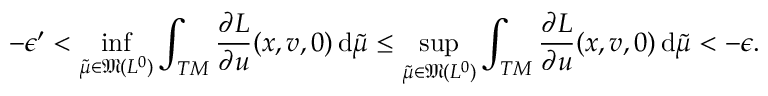
- \epsilon ^ { \prime } < \operatorname* { i n f } _ { \tilde { \mu } \in \mathfrak { M } ( { L ^ { 0 } } ) } \int _ { T M } \frac { \partial L } { \partial u } ( x , v , 0 ) \, \mathrm { d } \tilde { \mu } \leq \operatorname* { s u p } _ { \tilde { \mu } \in \mathfrak { M } ( { L ^ { 0 } } ) } \int _ { T M } \frac { \partial L } { \partial u } ( x , v , 0 ) \, \mathrm { d } \tilde { \mu } < - \epsilon .